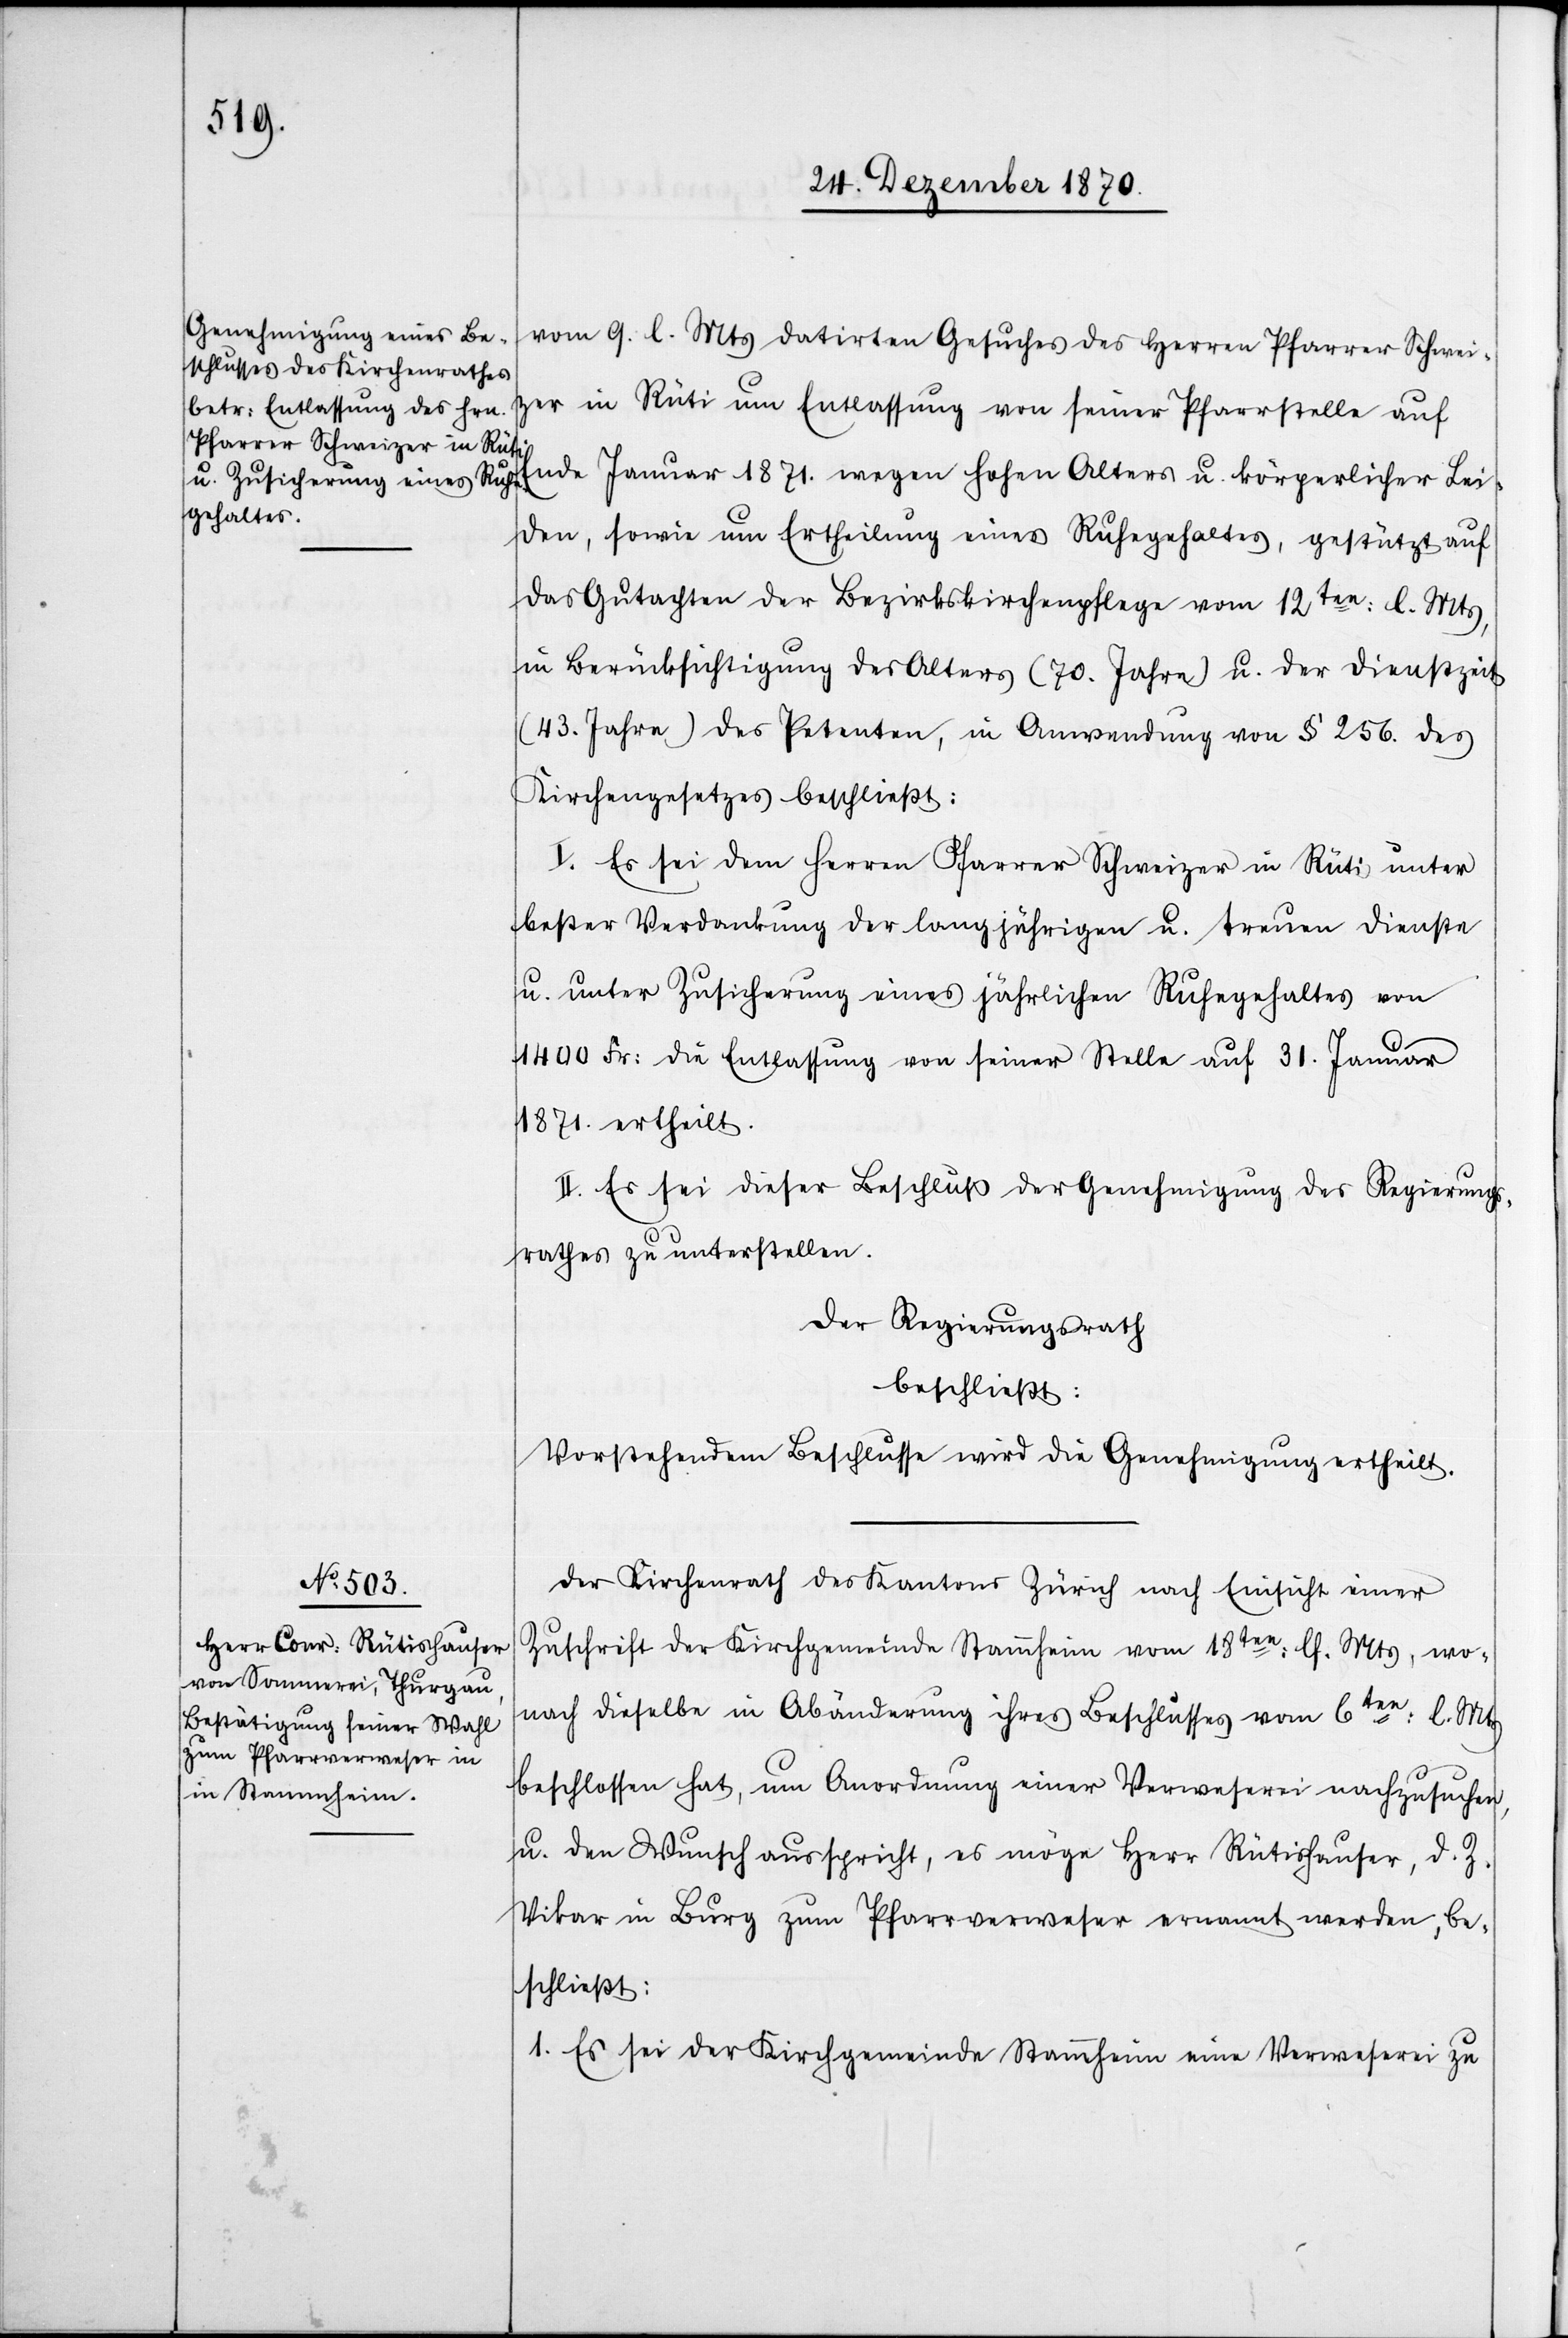
vom 9. l. Mts datirten Gesuches des Herren Pfarrer Schwei¬
zer in Rüti um Entlassung von seiner Pfarrstelle auf
Ende Januar 1871. wegen hohen Alters u. körperlicher Lei¬
den, sowie um Ertheilung eines Ruhegehaltes, gestützt auf
das Gutachten der Bezirksschulpflege vom 12ten: l. Mts,
in Berücksichtigung des Alters (70. Jahre) u. der Dienstzeit
(43. Jahre) des Petenten, in Anwendung von § 256. des
Kirchengesetzes beschließt:
I. Es sei dem Herren Pfarrer Schweizer in Rüti unter
bester Verdankung der langjährigen u. treuen Dienste
u. unter Zusicherung eines jährlichen Ruhegehaltes von
1400 Fr: die Entlassung von seiner Stelle auf 31. Januar
1871. ertheilt.
II. Es sei dieser Beschluß der Genehmigung des Regierungs¬
rathes zu unterstellen.
Der Regierungsrath
beschließt:
Vorstehendem Beschlusse wird die Genehmigung ertheilt.
Der Kirchenrath des Kantons Zürich nach Einsicht einer
Zuschrift der Kirchgemeinde Stammheim vom 18ten: lf. Mts, wo¬
nach dieselbe in Abänderung ihres Beschlusses vom 6ten: l. Mts
beschlossen hat, um Anordnung einer Verweserei nachzusuchen,
u. den Wunsch ausspricht, es möge Herr Rütishauser, d. Z.
Vikar in Burg zum Pfarrverweser ernannt werden, be¬
schließt:
1. Es sei der Kirchgemeinde Stammheim eine Verweserei zu